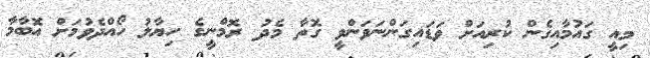
މިއީ ގައުމާއިގެން ކުރިއަށް ވަޑައިގަންނަވަންވީ ގޮތާ މެދު ރޮމްނީގެ ހިޔާލު ހޯއްދެވުމަށް އޮބާމާ